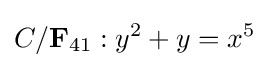
C/{\bf {F}}_{41}:y^{2}+y=x^{5}